Civil Veterinary Department. Central Provinces & Berar 1925-31 - 1925-1931
Year: 1925
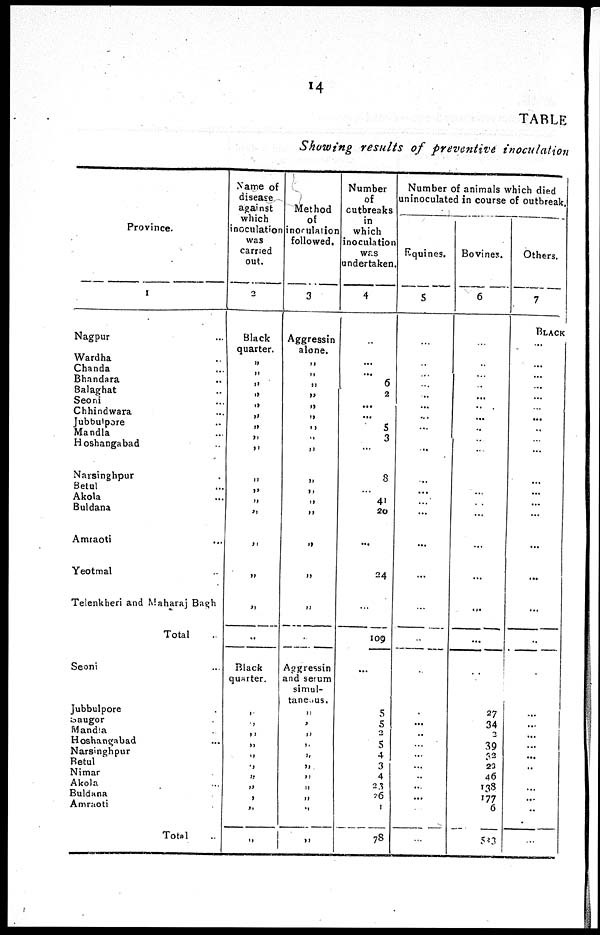
14
TABLE
Showing results of preventive inoculation
Province.
1
Nagpur ...
Wardha ...
Chanda ...
Bhandara ...
Balaghat ...
Seoni ...
Chhindwara ...
Jubbulpore ...
Mandla ...
Hoshangabad ...
Narsinghpur ...
Betul ...
Akola
Buldana
Amraoti ...
Yeotmal ...
Telenkheri and Maharaj Bagh
Total ..
Seoni ...
Jubbulpore ...
Saugor .
Mandia .
Hoshangabad ...
Narsinghpur ...
Betul ...
Nimar
Akola ...
Buldana ...
Amraoti .
Total ..
Name of
disease
against
which
inoculation
was
carried
out.
2
Black
quarter.
„
„
„
„
„
„
„
„
„
„
„
„
„
„
„
„
..
Black
quarter.
„
„
„
„
„
„
„
„
„
„
„
Method
of
inoculation
followed.
3
Aggressin
alone.
„
„
„
„
„
„
„
„
„
„
„
„
„
„
„
„
„
Aggressin
and serum
simul-
taneous.
„
„
„
„
„
„
„
„
„
„
„
Number
of
outbreaks
in
which
inoculation
was
undertaken.
4
...
... 6
2
...
...
5
3
...
3
...
41
20
...
24
...
109
...
5
5
2
5
4
3
4
23
26
1
78
Number of animals which died
uninoculated in course of outbreak
Equines.
5
...
...
...
...
...
...
...
...
...
...
...
...
...
...
...
...
...
...
...
...
...
...
...
...
...
...
...
...
...
Bovines.
6
..
...
...
...
...
... ...
..
...
...
...
...
...
...
...
...
...
...
...
27
34
2
39
32
23
46
138
177
6
583
Others.
7
BLACK
...
...
...
...
...
...
...
...
...
...
...
...
...
...
...
...
...
...
...
...
...
...
...
...
..
...
...
...
...
...